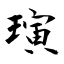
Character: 璌